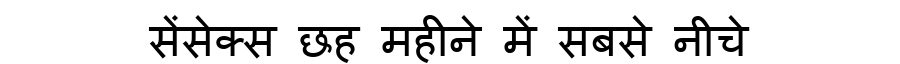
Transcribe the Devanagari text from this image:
सेंसेक्स छह महीने में सबसे नीचे